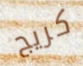
كريج